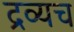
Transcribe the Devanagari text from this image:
द्रव्यच